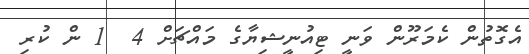
އެގޮތުން ކެމަރޫން ވަނީ ޓިއުނީޝިޔާގެ މައްޗަށް 4  1 ން ކުރި